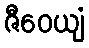
ဇီဝေယျံ